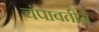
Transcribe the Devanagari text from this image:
चंपावतीने